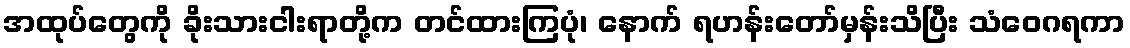
အထုပ်တွေကို ခိုးသားငါးရာတို့က တင်ထားကြပုံ၊ နောက် ရဟန်းတော်မှန်းသိပြီး သံဝေဂရကာ